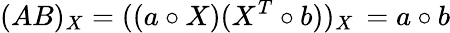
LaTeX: (AB)_{X}=((a\circ X)(X^{T}\circ b))_{X}\, =a\circ b